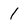
Character: 1